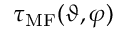
\tau _ { \mathrm { M F } } ( \vartheta , \varphi )